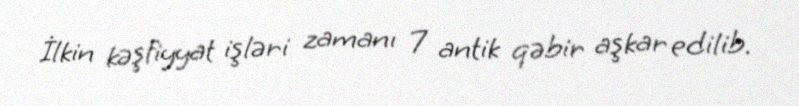
İlkin kəşfiyyat işləri zamanı 7 antik qəbir aşkar edilib.